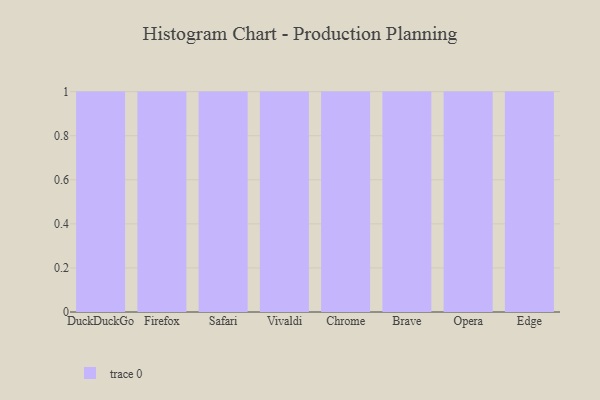
{"axis": {"x": "Browser", "y": "Inventory Turnover"}, "legend": [""], "data": [{"x": "DuckDuckGo", "y": 19, "type": ""}, {"x": "Firefox", "y": 44, "type": ""}, {"x": "Safari", "y": 76, "type": ""}, {"x": "Vivaldi", "y": 58, "type": ""}, {"x": "Chrome", "y": 78, "type": ""}, {"x": "Brave", "y": 33, "type": ""}, {"x": "Opera", "y": 5, "type": ""}, {"x": "Edge", "y": 84, "type": ""}]}